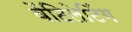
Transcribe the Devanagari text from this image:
वेंटिलेटिंग